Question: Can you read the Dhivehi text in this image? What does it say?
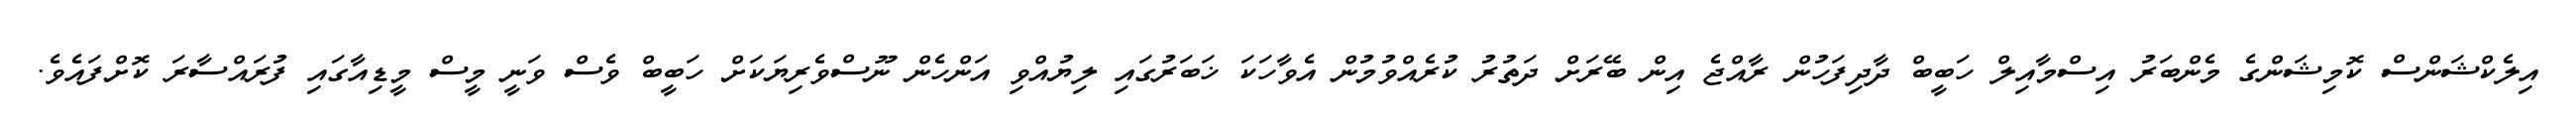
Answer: އިލެކްޝަންސް ކޮމިޝަންގެ މެންބަރު އިސްމާއިލް ހަބީބް ދާދިފަހުން ރާއްޖެ އިން ބޭރަށް ދަތުރު ކުރެއްވުމުން އެވާހަކަ ޚަބަރުގައި ލިޔުއްވި އަންހެން ނޫސްވެރިޔަކަށް ހަބީބް ވެސް ވަނީ މީސް މީޑިއާގައި ފުރައްސާރަ ކޮށްފައެވެ.